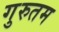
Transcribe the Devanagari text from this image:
गुरुतम